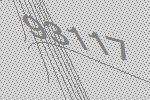
93117